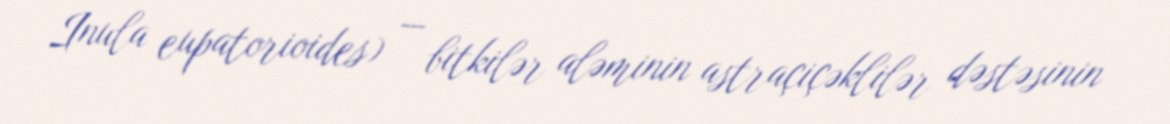
Inula eupatorioides) — bitkilər aləminin astraçiçəklilər dəstəsinin